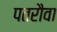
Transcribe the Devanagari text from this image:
पतरौवा